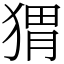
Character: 猬